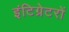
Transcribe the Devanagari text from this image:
इंटिग्रेटरों